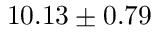
1 0 . 1 3 \pm 0 . 7 9